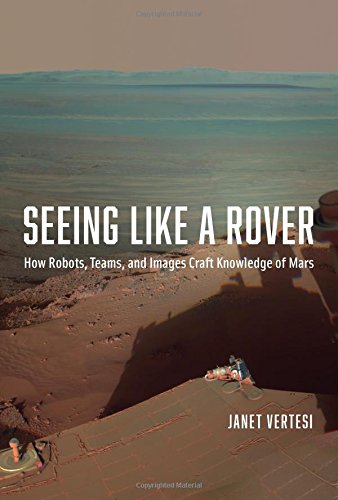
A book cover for Seeing Like a Rover: How Robots, Teams, and Images Craft Knowledge of Mars; Janet Vertesi; Science & Math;